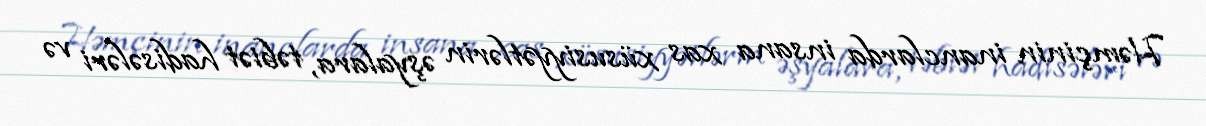
Həmçinin inanclarda insana xas xüsusiyyətlərin əşyalara, təbiət hadisələri və